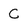
Character: C